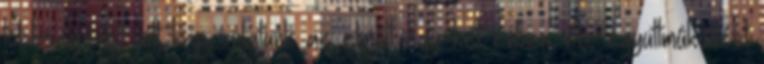
többségével volt kapcsolatunk az elmúlt egy-két évben. Az együttmûködést